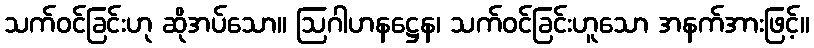
သက်ဝင်ခြင်းဟု ဆိုအပ်သော။ ဩဂါဟနဋ္ဌေန၊ သက်ဝင်ခြင်းဟူသော အနက်အားဖြင့်။